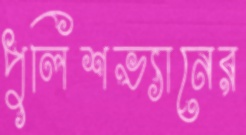
পুলিশভ্যানের